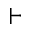
\vdash